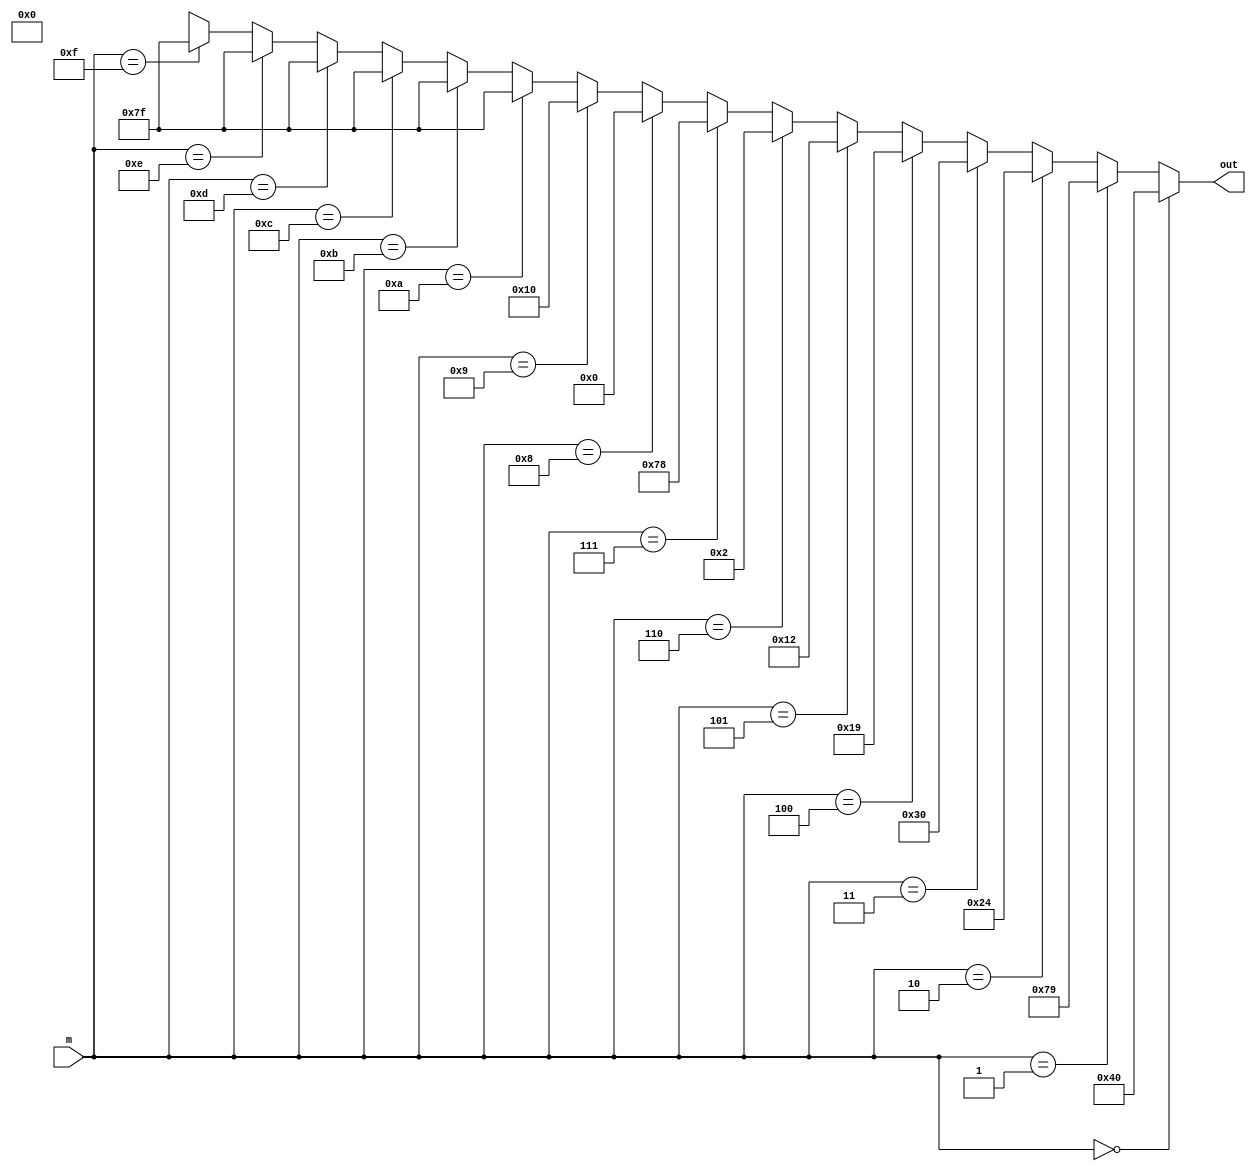
//7 segment decoder 4bit

module decoder_7segment_4bit(m,out);
	input [3:0] m;
	output [6:0] out;

	assign out = (m==4'b0000) ? (7'b1000000) :
					 (m==4'b0001) ? (7'b1111001) :
					 (m==4'b0010) ? (7'b0100100) :
					 (m==4'b0011) ? (7'b0110000) :
					 (m==4'b0100) ? (7'b0011001) :
					 (m==4'b0101) ? (7'b0010010) :
					 (m==4'b0110) ? (7'b0000010) :
					 (m==4'b0111) ? (7'b1111000) :
					 (m==4'b1000) ? (7'b0000000) :		
					 (m==4'b1001) ? (7'b0010000) :
					 (m==4'b1010) ? (7'b1111111) :
					 (m==4'b1011) ? (7'b1111111) :
					 (m==4'b1100) ? (7'b1111111) :
					 (m==4'b1101) ? (7'b1111111) :
					 (m==4'b1110) ? (7'b1111111) :
					 (m==4'b1111) ? (7'b1111111) :
					 1'bx;
					 
endmodule